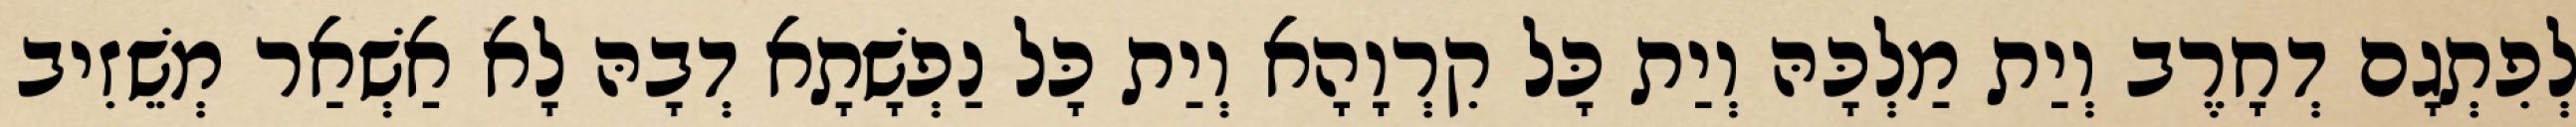
לְפִתְגָם דְחָרֶב וְיַת מַלְכָּהּ וְיַת כָּל קִרְוָהָא וְיַת כָּל נַפְשָׁתָא דְבָהּ לָא אַשְׁאַר מְשֵׁזִיב